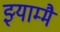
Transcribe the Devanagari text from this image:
झ्याम्मै